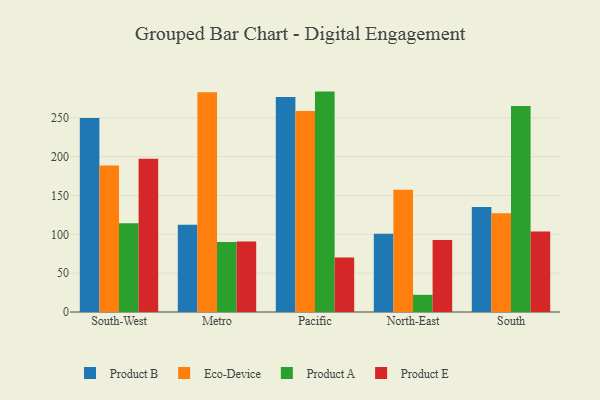
{"axis": {"x": "Region", "y": "Customer Acquisition Cost (USD)"}, "legend": ["Eco-Device", "Product A", "Product B", "Product E"], "data": [{"x": "South-West", "y": 249.7, "type": "Product B"}, {"x": "South-West", "y": 188.7, "type": "Eco-Device"}, {"x": "South-West", "y": 114.3, "type": "Product A"}, {"x": "South-West", "y": 197.4, "type": "Product E"}, {"x": "Metro", "y": 112.4, "type": "Product B"}, {"x": "Metro", "y": 283.0, "type": "Eco-Device"}, {"x": "Metro", "y": 90.0, "type": "Product A"}, {"x": "Metro", "y": 90.9, "type": "Product E"}, {"x": "Pacific", "y": 276.9, "type": "Product B"}, {"x": "Pacific", "y": 258.9, "type": "Eco-Device"}, {"x": "Pacific", "y": 283.8, "type": "Product A"}, {"x": "Pacific", "y": 70.2, "type": "Product E"}, {"x": "North-East", "y": 100.8, "type": "Product B"}, {"x": "North-East", "y": 157.4, "type": "Eco-Device"}, {"x": "North-East", "y": 22.1, "type": "Product A"}, {"x": "North-East", "y": 92.8, "type": "Product E"}, {"x": "South", "y": 135.2, "type": "Product B"}, {"x": "South", "y": 127.1, "type": "Eco-Device"}, {"x": "South", "y": 265.4, "type": "Product A"}, {"x": "South", "y": 103.7, "type": "Product E"}]}